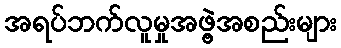
အရပ်ဘက်လူမှုအဖွဲ့အစည်းများ